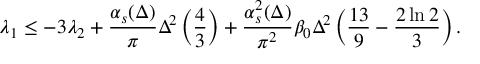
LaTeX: \lambda _ { 1 } \leq - 3 \lambda _ { 2 } + { \frac { \alpha _ { s } ( \Delta ) } { \pi } } \Delta ^ { 2 } \left( { \frac { 4 } { 3 } } \right) + { \frac { \alpha _ { s } ^ { 2 } ( \Delta ) } { \pi ^ { 2 } } } \beta _ { 0 } \Delta ^ { 2 } \left( { \frac { 1 3 } { 9 } } - { \frac { 2 \ln 2 } { 3 } } \right) .